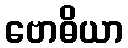
ဗောဓိယာ